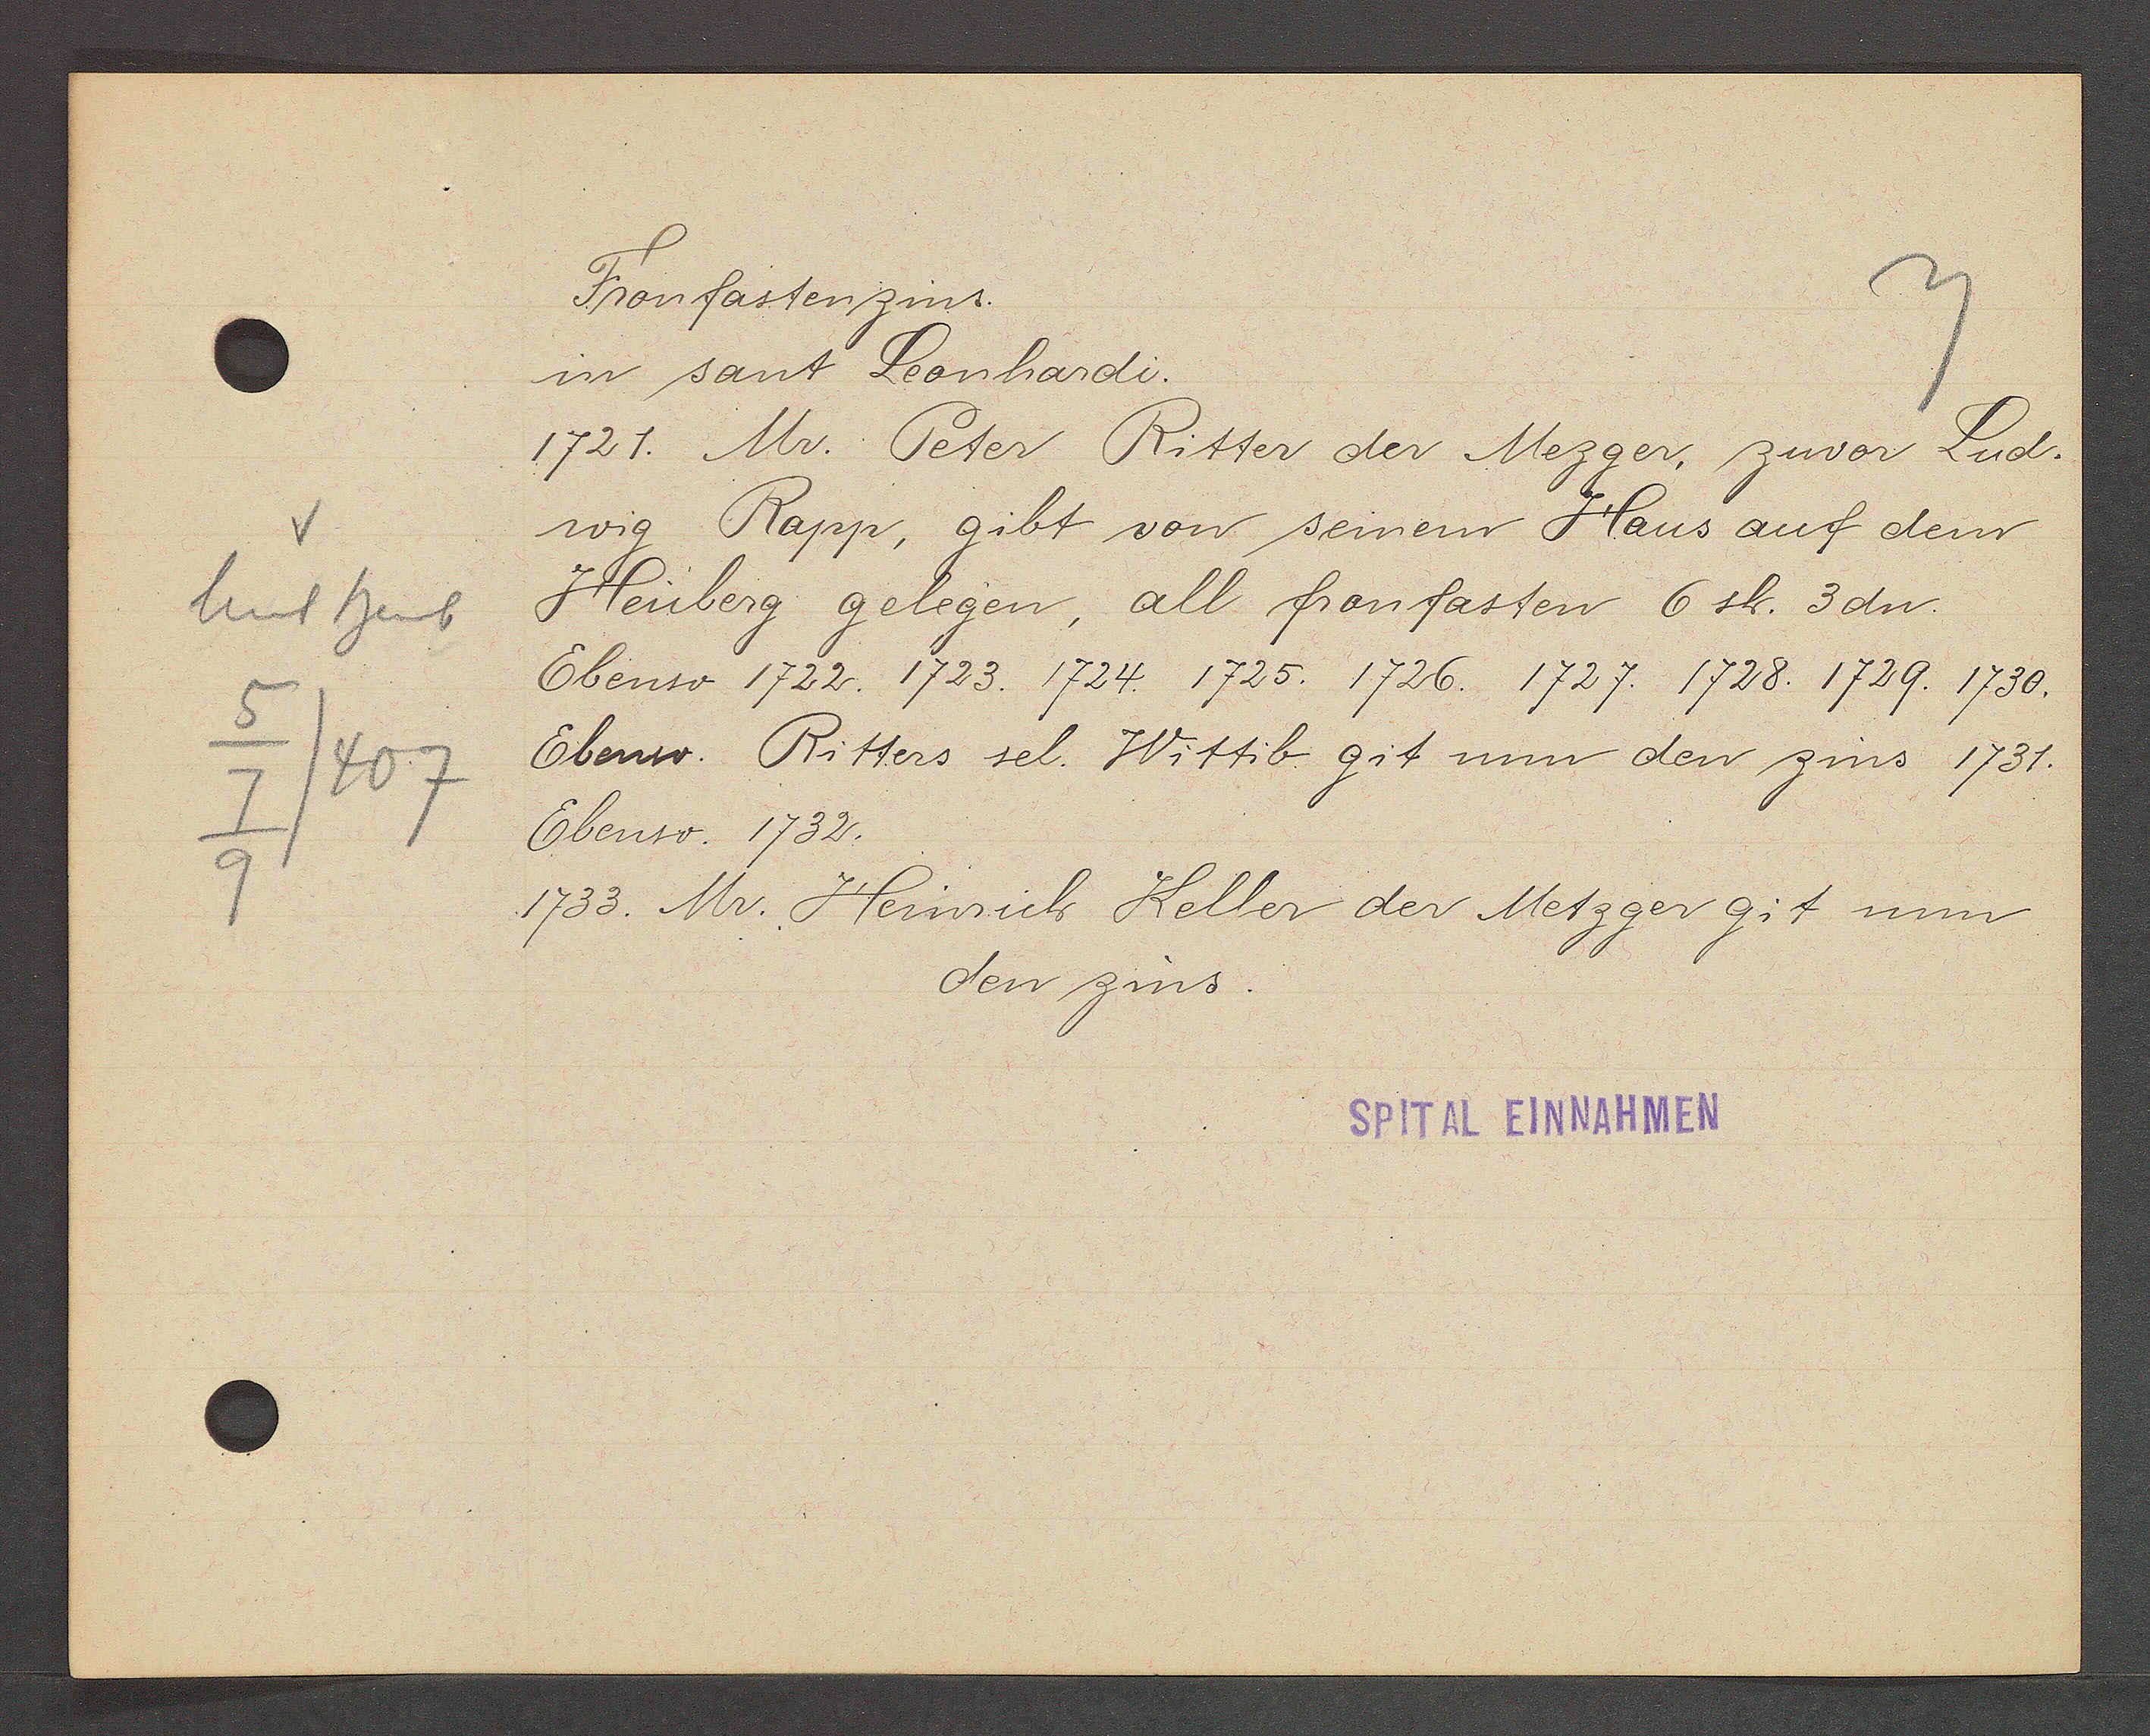
Transcript:
Unt heubu
5
407
7
9

Fronfastenzins.

in sant Leonhardi.
1721. Mr. Peter Ritter der Mezger, zuvor Lud.
wig Rapp, gibt von seinem Haus auf dem
Heuberg gelegen, all fronfasten 6 sh. 3 dn.
Ebenso 1722. 1723. 1724. 1725. 1726. 1727. 1728. 1729. 1730.
Ebenso. Ritters sel. Wittib git nun den zins 1731.
Ebenso. 1732.
1733. Mr. Heinrich Keller der Metzger git nun
den zins.

SPITAL EINNAHMEN